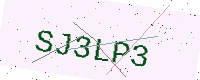
Text: SJ3LP3